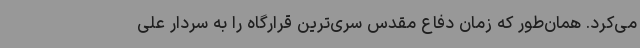
می‌کرد. همان‌طور که زمان دفاع مقدس سری‌ترین قرارگاه را به سردار علی‌